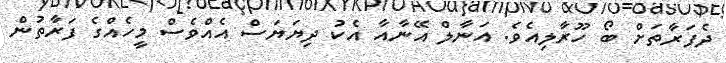
ދެފަރާތަށް ބޯ ހޫރާލިއެވެ. އަނާލް އޭނާއާ އެކު ދިޔަޔަސް އެއްވެސް މީހެއްގެ ފަރާތުން